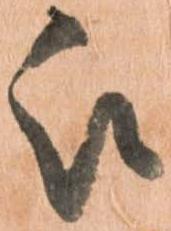
被